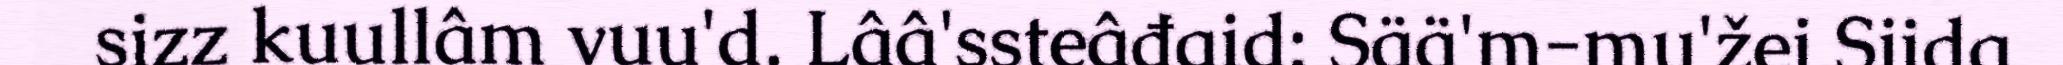
sizz kuullâm vuu'd. Lââ'ssteâđaid: Sää'm-mu'žei Siida